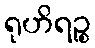
ရုဟိရဉ္စ